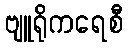
ဗျူရိုကရေစီ